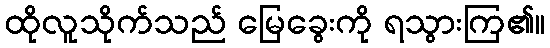
ထိုလူသိုက်သည် မြေခွေးကို ရသွားကြ၏။